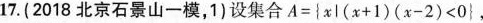
17.(2018北京石景山一模，1)设集合$$A={xl(x+1)(x-2)<0}$$，